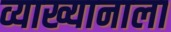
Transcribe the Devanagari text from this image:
व्याख्यानाला